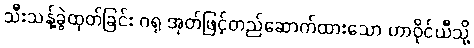
သီးသန့်ခွဲထုတ်ခြင်း ဂရု အုတ်ဖြင့်တည်ဆောက်ထားသော ဟာဝိုင်ယီသို့